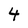
Character: 4